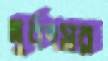
দুর্বৎসর